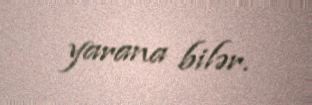
yarana bilər.